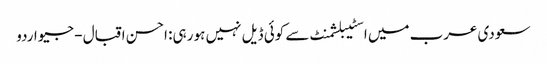
سعودی عرب میں اسٹیبلشمنٹ سے کوئی ڈیل نہیں ہو رہی: احسن اقبال - جیو اردو